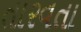
તારવતા